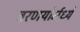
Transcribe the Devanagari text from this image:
वरणयोर्मध्ये